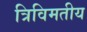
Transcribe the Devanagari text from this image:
त्रिविमतीय